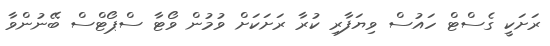
ރަށަކީ ގެސްޓް ހައުސް ވިޔަފާރި ކުރާ ރަށަކަށް ވުމުން ވޯޓާ ސްޕޯޓްސް ބޭނުންވާ